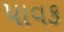
પાવક